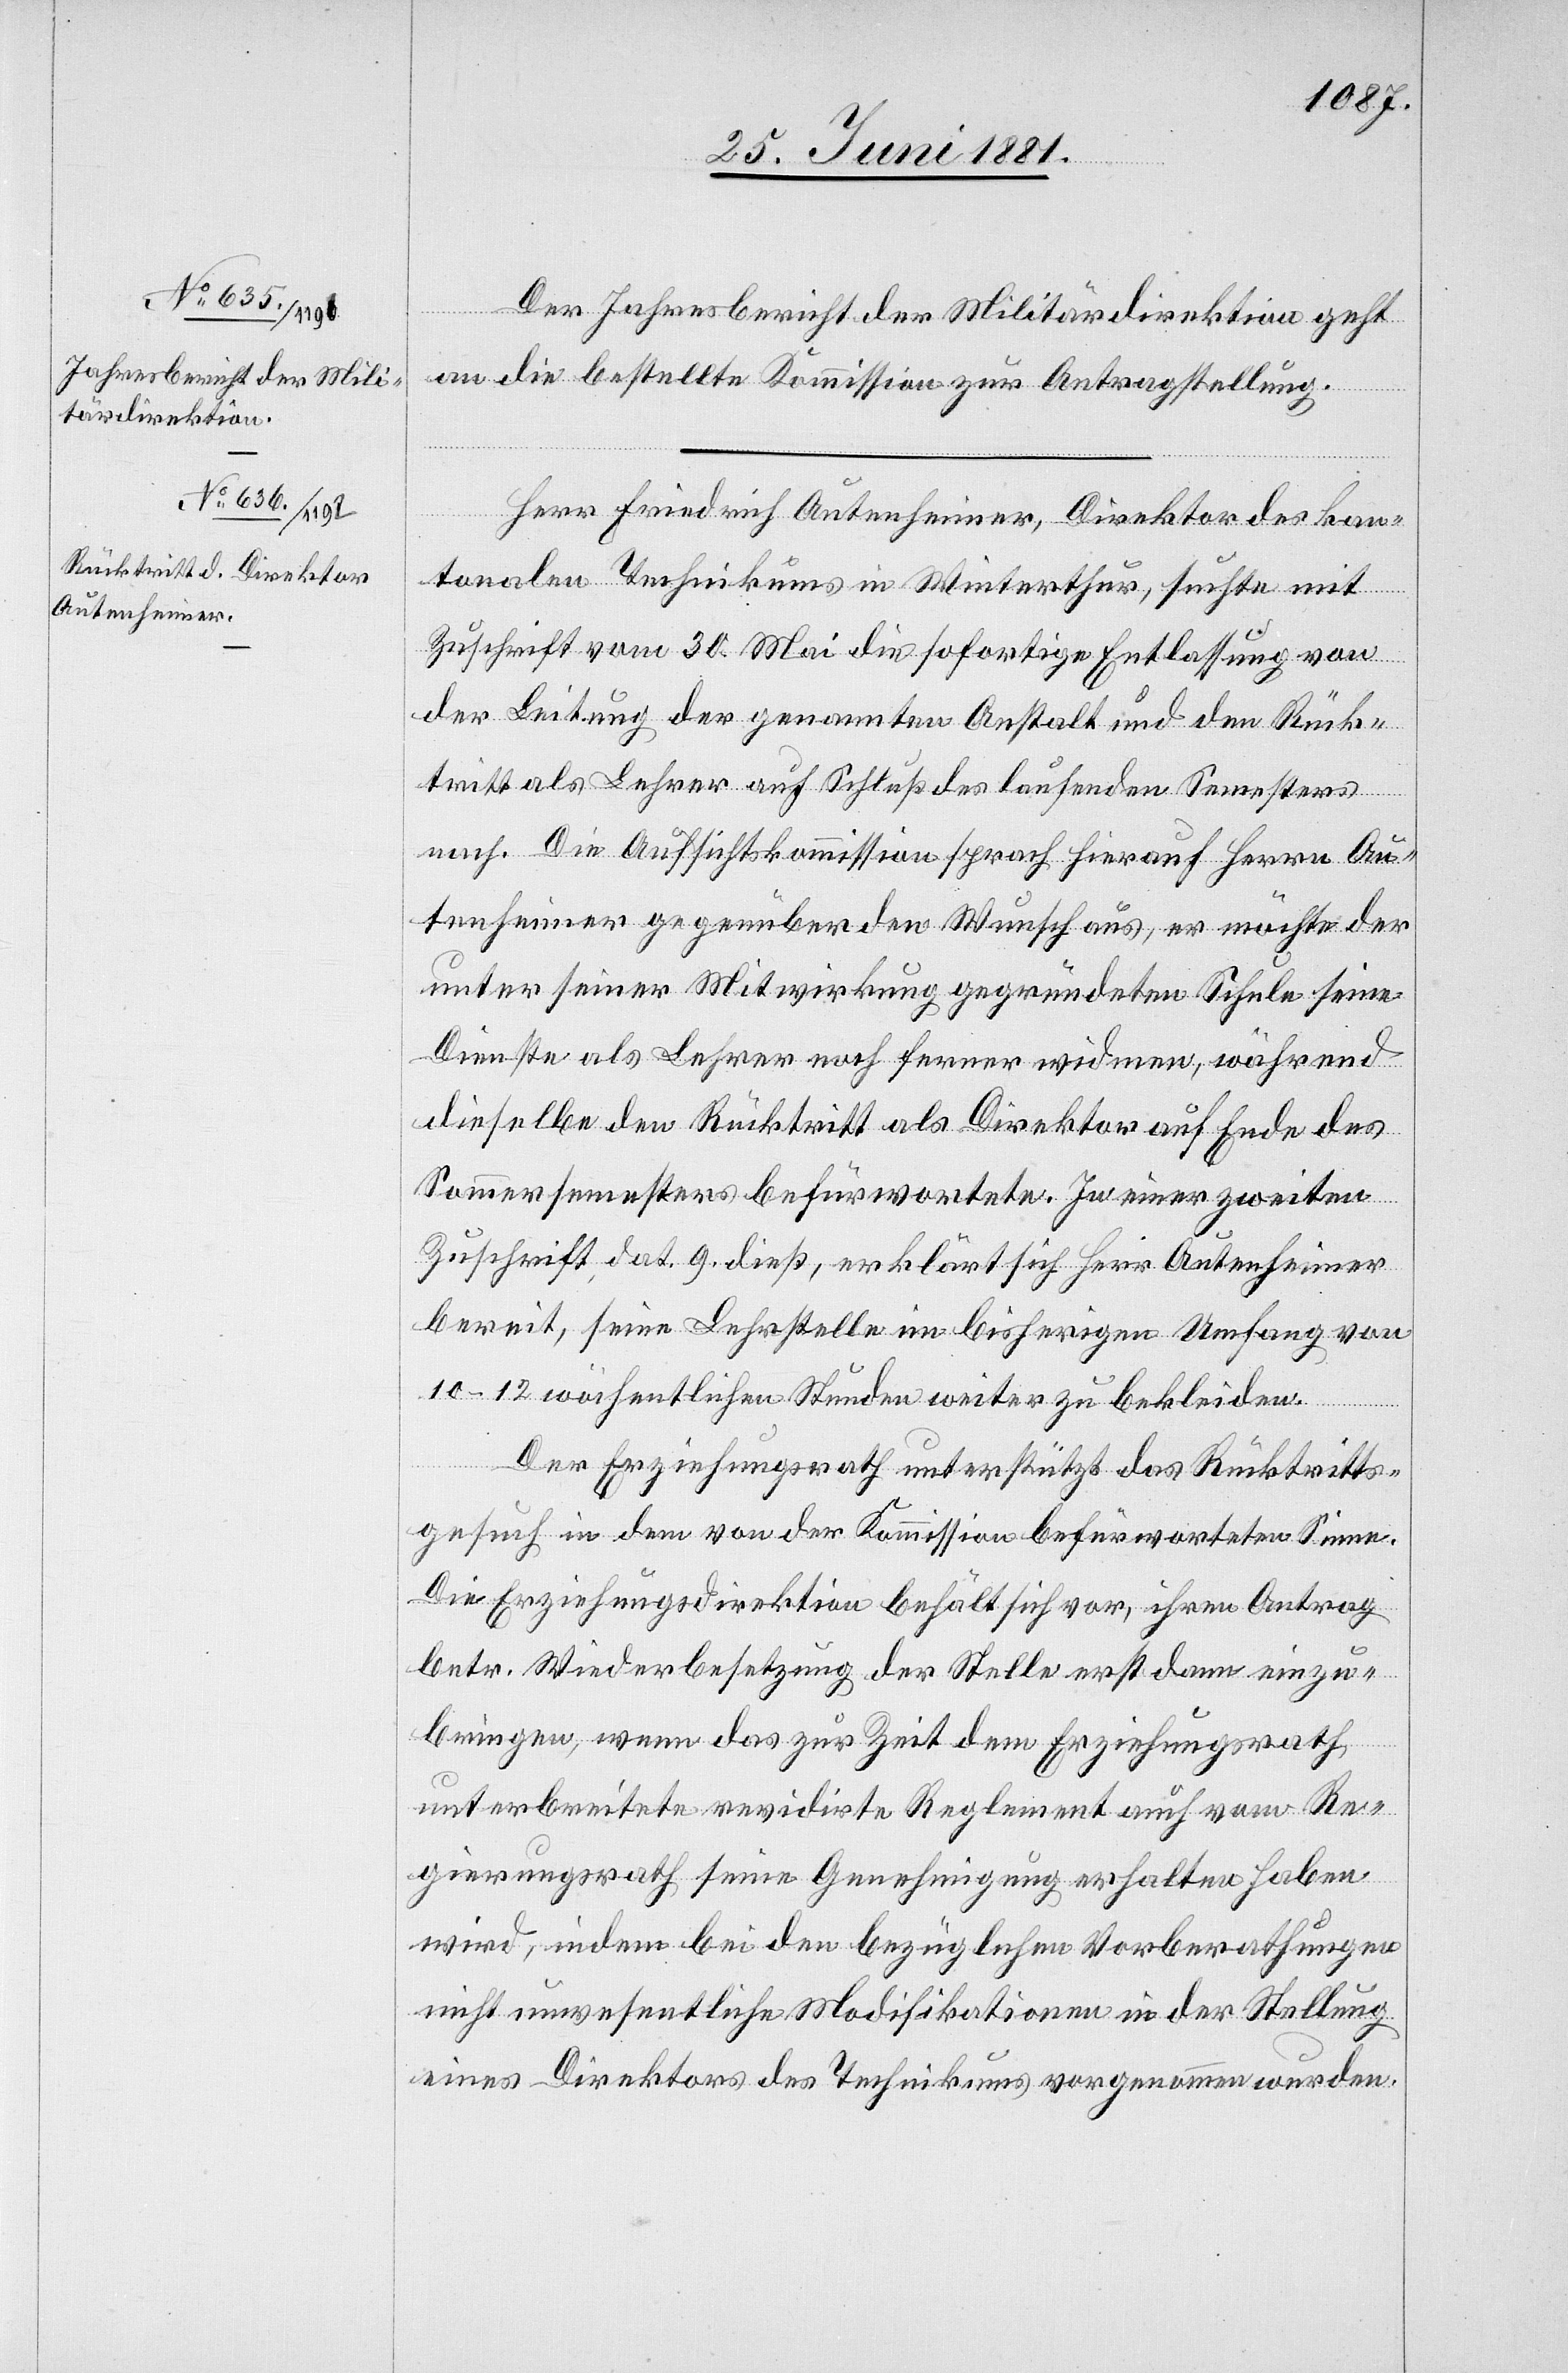
Der Jahresbericht der Militärdirektion geht
an die bestellte Kommission zur Antragstellung.
Herr Friedrich Autenheimer, Direktor des kan¬
tonalen Technikums in Winterthur, suchte mit
Zuschrift vom 30. Mai die sofortige Entlassung von
der Leitung der genannten Anstalt und den Rück¬
tritt als Lehrer auf Schluß des laufenden Semesters
nach. Die Aufsichtskommission sprach hierauf Herrn Au¬
tenheimer gegenüber den Wunsch aus, er möchte der
unter seiner Mitwirkung gegründeten Schule seine
Dienste als Lehrer noch ferner widmen, während
dieselbe den Rücktritt als Direktor auf Ende des
Sommersemesters befürwortete. In einer zweiten
Zuschrift, dat. 9 dieß, erklärt sich Herr Autenheimer
bereit, seine Lehrstelle im bisherigen Umfang von
10–12 wöchentlichen Stunden weiter zu bekleiden.
Der Erziehungsrath unterstützt das Rücktritts¬
gesuch in dem von der Kommission befürworteten Sinne.
Die Erziehungsdirektion behält sich vor, ihren Antrag
betr. Wiederbesetzung der Stelle erst dann einzu¬
bringen, wenn das zur Zeit dem Erziehungsrath
unterbreitete revidirte Reglement auch vom Re¬
gierungsrath seine Genehmigung erhalten haben
wird, indem bei den bezüglichen Vorberathungen
nicht unwesentliche Modifikationen in der Stellung
eines Direktors des Technikums vorgenommen wurden.